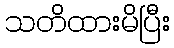
သတိထားမိပြီး